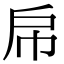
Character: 帍